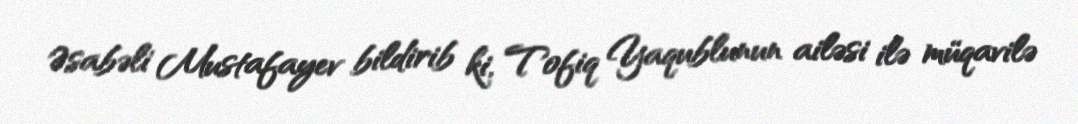
Əsabəli Mustafayev bildirib ki, Tofiq Yaqublunun ailəsi ilə müqavilə